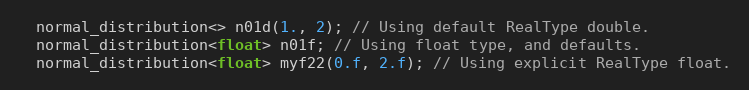
Language: C++
  normal_distribution<> n01d(1., 2); // Using default RealType double.
  normal_distribution<float> n01f; // Using float type, and defaults.
  normal_distribution<float> myf22(0.f, 2.f); // Using explicit RealType float.